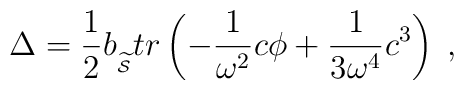
\Delta =\frac 12b_{_{\widetilde{{\cal S}}}}tr\left( -\frac 1{\omega ^2}c\phi+\frac 1{3\omega ^4}c^3\right) \;,